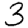
Digit: 3